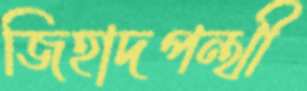
জিহাদপন্থী